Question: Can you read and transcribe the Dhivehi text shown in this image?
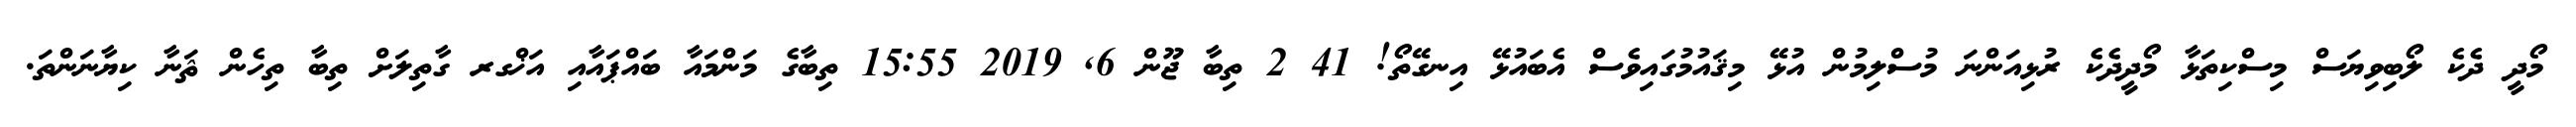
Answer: މޯދީ ދެކެ ލޯބިވިޔަސް މިސްކިތަޅާ މޯދީދެކެ ރުޅިއަންނަ މުސްލިމުން އުޅޭ މިޤައުމުގައިވެސް އެބައުޅޭ އިނގޭތޯ! 41 2 ތިބާ ޖޫން 6, 2019 15:55 ތިބާގެ މަންމައާ ބައްޕައާއި އަޚްގރ ގާތިލަށް ތިބާ ތިހެން ޘަނާ ކިޔާނަންތަ.